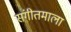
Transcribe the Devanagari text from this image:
संगीतमाला